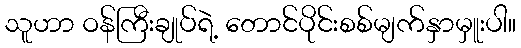
သူဟာ ဝန်ကြီးချုပ်ရဲ့ တောင်ပိုင်းစစ်မျက်နှာမှူးပါ။